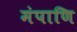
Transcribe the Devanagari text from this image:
मंपाणि